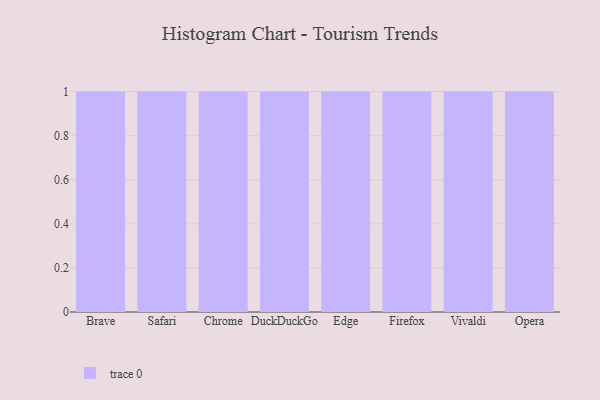
{"axis": {"x": "Browser", "y": "Operating Costs (USD K)"}, "legend": [""], "data": [{"x": "Brave", "y": 6, "type": ""}, {"x": "Safari", "y": 17, "type": ""}, {"x": "Chrome", "y": 62, "type": ""}, {"x": "DuckDuckGo", "y": 94, "type": ""}, {"x": "Edge", "y": 38, "type": ""}, {"x": "Firefox", "y": 47, "type": ""}, {"x": "Vivaldi", "y": 78, "type": ""}, {"x": "Opera", "y": 25, "type": ""}]}